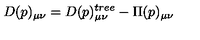
D ( p ) _ { \mu \nu } = D ( p ) _ { \mu \nu } ^ { t r e e } - \Pi ( p ) _ { \mu \nu }